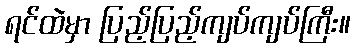
ရင်ထဲမှာ ပြည့်ပြည့်ကျပ်ကျပ်ကြီး။